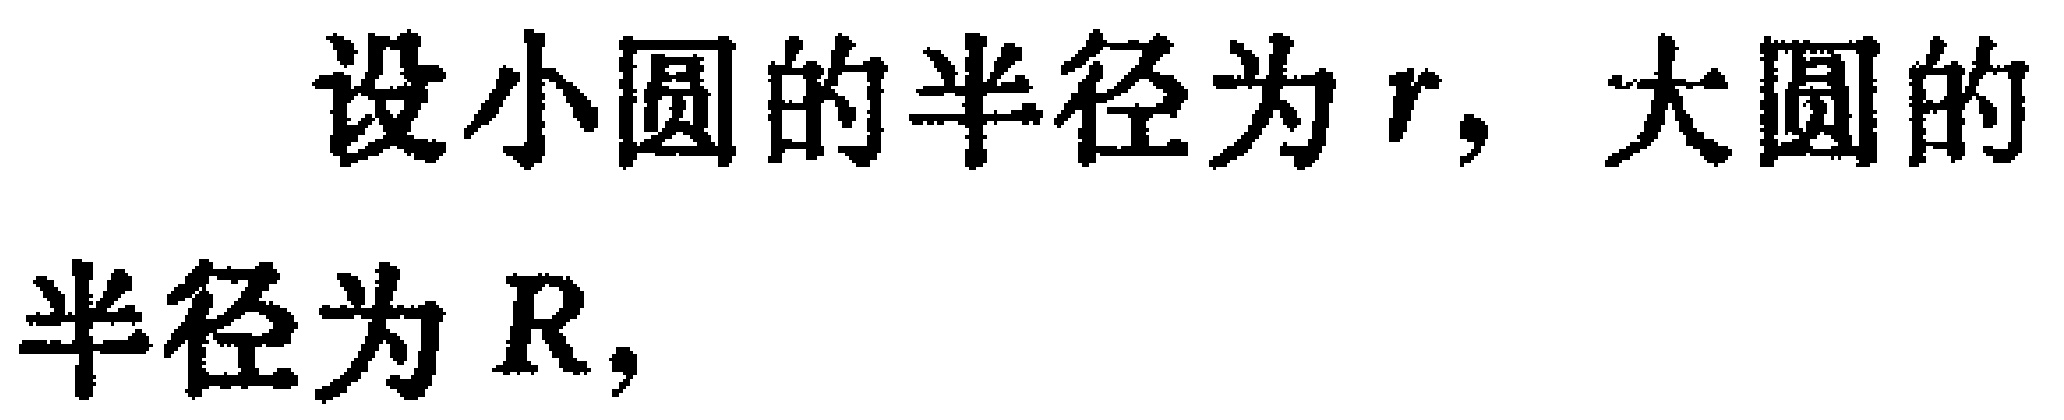
设小圆的半径为\(r\)，大圆的半径为\(R\)，